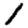
Digit: 1